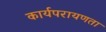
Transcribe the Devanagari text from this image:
कार्यपरायणता